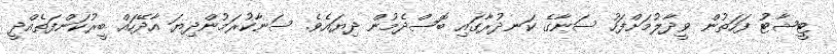
ޓީޝާޓު ފަހަތުން ވީދާލުމަށްފަހު ސަނާގެ ކަނދުރާގައި ބޮސްދެމުން ދިޔައެވެ. ސަނާކުރަމުންދިޔަ އާދޭހައް ބީރުކަންފަތެއްދީ